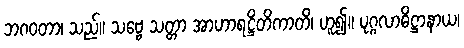
ဘဂဝတာ၊ သည်။ သဗ္ဗေ သတ္တာ အာဟာရဋ္ဌိတိကာတိ၊ ဟူ၍။ ပုဂ္ဂလာဓိဋ္ဌာနာယ၊